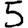
Digit: 5